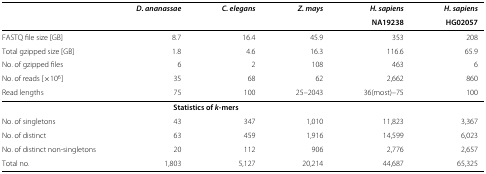
<table><thead><tr><td><b> </b></td><td><b><i>D. ananassae</i></b></td><td><b><i>C. elegans</i></b></td><td><b><i>Z. mays</i></b></td><td><b><i>H. sapiens</i></b></td><td><b><i>H. sapiens</i></b></td></tr><tr><td><b> </b></td><td><b> </b></td><td><b> </b></td><td><b> </b></td><td><b>NA19238</b></td><td><b>HG02057</b></td></tr></thead><tbody><tr><td>FASTQ file size [GB]</td><td>8.7</td><td>16.4</td><td>45.9</td><td>353</td><td>208</td></tr><tr><td>Total gzipped size [GB]</td><td>1.8</td><td>4.6</td><td>16.3</td><td>116.6</td><td>65.9</td></tr><tr><td>No. of gzipped files</td><td>6</td><td>2</td><td>108</td><td>463</td><td>6</td></tr><tr><td>No. of reads [ ×10<sup>6</sup>]</td><td>35</td><td>68</td><td>62</td><td>2,662</td><td>860</td></tr><tr><td>Read lengths</td><td>75</td><td>100</td><td>25–2043</td><td>36(most)–75</td><td>100</td></tr><tr><td> </td><td> </td><td><b>Statistics of </b><b><i>k </i></b><b>-mers</b></td><td> </td><td> </td><td> </td></tr><tr><td>No. of singletons</td><td>43</td><td>347</td><td>1,010</td><td>11,823</td><td>3,367</td></tr><tr><td>No. of distinct</td><td>63</td><td>459</td><td>1,916</td><td>14,599</td><td>6,023</td></tr><tr><td>No. of distinct non-singletons</td><td>20</td><td>112</td><td>906</td><td>2,776</td><td>2,657</td></tr><tr><td>Total no.</td><td>1,803</td><td>5,127</td><td>20,214</td><td>44,687</td><td>65,325</td></tr></tbody></table>